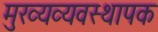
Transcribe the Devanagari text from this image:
मुख्यव्यवस्थापक